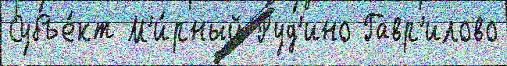
Субъе́кт М'и́рный Руд'ино Гавр'илово